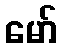
မော်